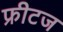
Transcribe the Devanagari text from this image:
फ्रीटज